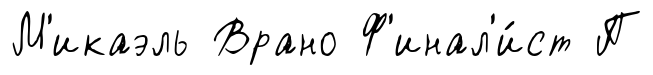
М'икаэль Врано Ф'инал'и́ст П